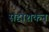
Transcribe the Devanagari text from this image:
सद्दाशकन